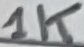
Text: 1K